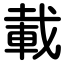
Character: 載